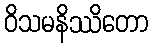
ဝိသမနိဿိတော